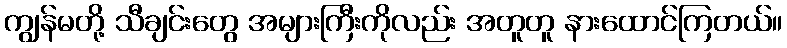
ကျွန်မတို့ သီချင်းတွေ အများကြီးကိုလည်း အတူတူ နားထောင်ကြတယ်။